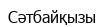
Сәтбайқызы